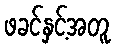
ဖခင်နှင့်အတူ